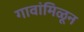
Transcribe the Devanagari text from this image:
गावांमिळून